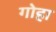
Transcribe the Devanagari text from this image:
गोहा